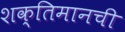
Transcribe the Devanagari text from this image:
शक्तिमानची